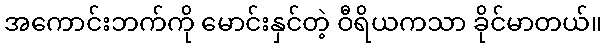
အကောင်းဘက်ကို မောင်းနှင်တဲ့ ဝီရိယကသာ ခိုင်မာတယ်။